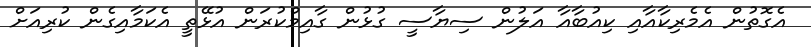
އެގޮތުން އެމެރިކާއާއި ކިއުބާއާ އަލުން ސިޔާސީ ގުޅުން ގާއިމްކުރަން އުޅޭތީ އެކަމާއިގެން ކުރިއަށް